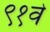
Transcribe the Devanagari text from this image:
९१वे